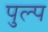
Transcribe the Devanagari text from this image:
पुल्प